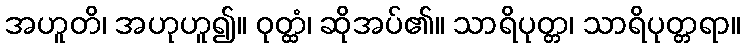
အဟူတိ၊ အဟုဟူ၍။ ဝုတ္ထံ၊ ဆိုအပ်၏။ သာရိပုတ္တ၊ သာရိပုတ္တရာ။